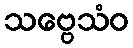
သဗ္ဗေသံဝ